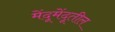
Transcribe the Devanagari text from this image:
मेंदूमेंदूतील